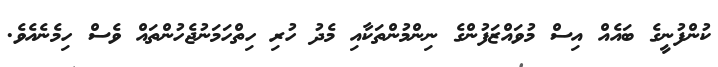
ކުންފުނީގެ ބައެއް އިސް މުވައްޒަފުންގެ ނިންމުންތަކާއި މެދު ހުރި ހިތްހަމަނުޖެހުންތައް ވެސް ހިމެނެއެވެ.